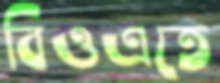
বিওএতে